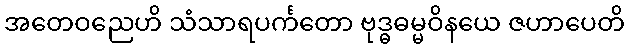
အတေဝညေဟိ သံသာရပင်္ကတော ဗုဒ္ဓဓမ္မဝိနယေ ဇဟာပေတိ